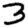
Digit: 3